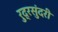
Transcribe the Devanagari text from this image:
रुद्रसुंदरी